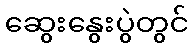
ဆွေးနွေးပွဲတွင်